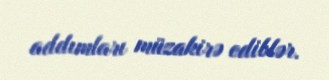
addımları müzakirə ediblər.